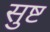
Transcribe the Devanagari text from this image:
सुष्ट